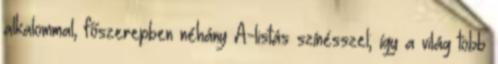
alkalommal, főszerepben néhány A-listás színésszel; így a világ több